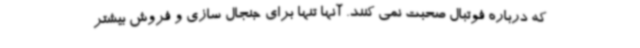
که درباره فوتبال صحبت نمی کنند. آنها تنها برای جنجال سازی و فروش بیشتر